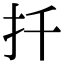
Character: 扦